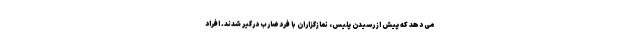
می دهد که پیش از رسیدن پلیس، نمازگزاران با فرد ضارب درگیر شدند. افراد